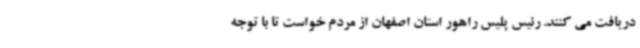
دریافت می کنند. رئیس پلیس راهور استان اصفهان از مردم خواست تا با توجه